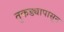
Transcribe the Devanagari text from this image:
तुकड्यापासून